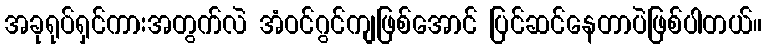
အခုရုပ်ရှင်ကားအတွက်လဲ အံဝင်ဂွင်ကျဖြစ်အောင် ပြင်ဆင်နေတာပဲဖြစ်ပါတယ်။